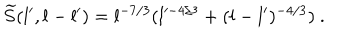
\widetilde { S } ( l ^ { \prime } , l - l ^ { \prime } ) = l ^ { - 7 / 3 } ( l ^ { - 4 / 3 } + ( l - l ^ { \prime } ) ^ { - 4 / 3 } ) \ .